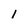
Character: 1